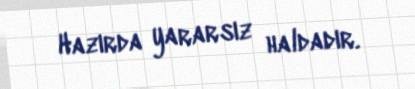
Hazırda yararsız haldadır.